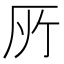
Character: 𠩄